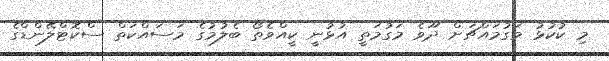
މި ކުކުޅު މަގުމައްޗަށް ދޫވެ މަގުމަތީ އުޅުނީ ކީއްވެތޯ ބެލުމުގެ މަސައްކަތް ސްކޮޓްލޭންޑްގެ